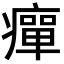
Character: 癉